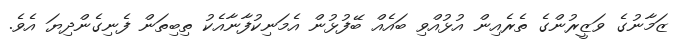
ޒަމާނުގެ ވަޒީރުންގެ ތެރެއިން އުޅުއްވި ބައެއް ބޭފުޅުން އެމަނިކުފާނާއެކު ތިބިތަން ފެނިގެންދިޔަ އެވެ.